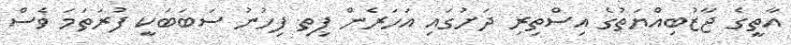
އާތީގެ ޖާޒުބިއްޔަތުގެ އިސްތިރި ދަށުގައި އަހަރެން ފިތި ފިހުނު ސަބަބަކީ ފުރަތަމަ ވެސް